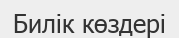
Билік көздері